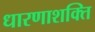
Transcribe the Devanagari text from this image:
धारणाशक्ति